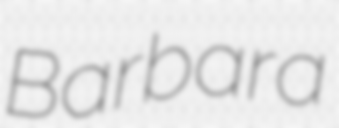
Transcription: Barbara